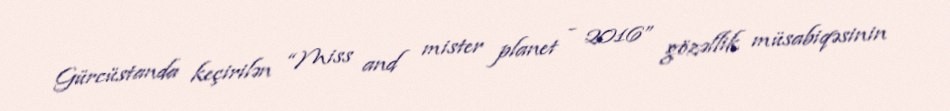
Gürcüstanda keçirilən “Miss and mister planet - 2016” gözəllik müsabiqəsinin